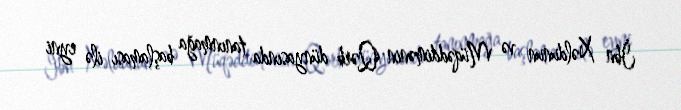
İbn Xəldunun və Müqəddimənin Qərb dünyasında tanınmağa başlaması ilə eyni